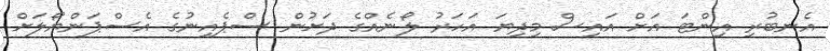
އެނބުރި އިންޓަ އަށް އައިސް މިދިޔަ އަހަރު ލޯނެއްގެ ދަށުން ސްޕެއިނުގެ އެސްޕަންޔޯލަށް